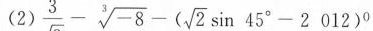
$$\frac{3}{\sqrt{3}}- \sqrt[3]{-8}-(\sqrt{2}\sin 45^{\circ}-2012)^{0}$$